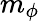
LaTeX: m_{\phi}